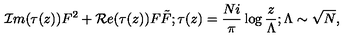
{ \cal I } m ( \tau ( z ) ) F ^ { 2 } + { \cal R } e ( \tau ( z ) ) F \tilde { F } ; \tau ( z ) = { \frac { N i } { \pi } } \log { \frac { z } { \Lambda } } ; \Lambda \sim { \sqrt N } ,